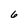
Character: 6